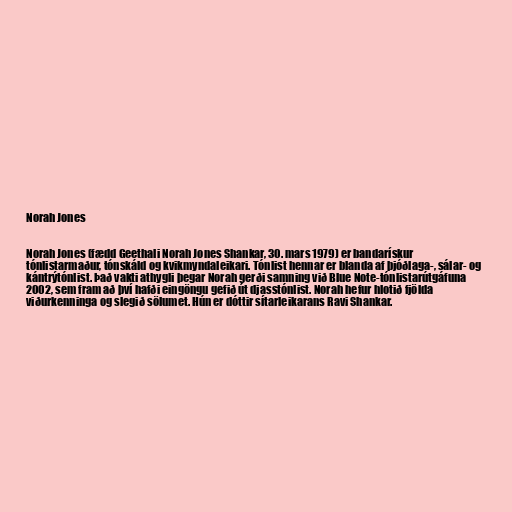
Norah Jones

Norah Jones (fædd Geethali Norah Jones Shankar, 30. mars 1979) er bandarískur
tónlistarmaður, tónskáld og kvikmyndaleikari. Tónlist hennar er blanda af þjóðlaga-, sálar- og
kántrýtónlist. Það vakti athygli þegar Norah gerði samning við Blue Note-tónlistarútgáfuna
2002, sem fram að því hafði eingöngu gefið út djasstónlist. Norah hefur hlotið fjölda
viðurkenninga og slegið sölumet. Hún er dóttir sítarleikarans Ravi Shankar.